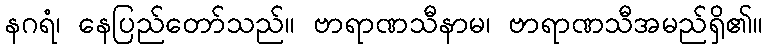
နဂရံ၊ နေပြည်တော်သည်။ ဗာရာဏသီနာမ၊ ဗာရာဏသီအမည်ရှိ၏။